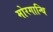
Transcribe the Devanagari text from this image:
मोरगान्थि